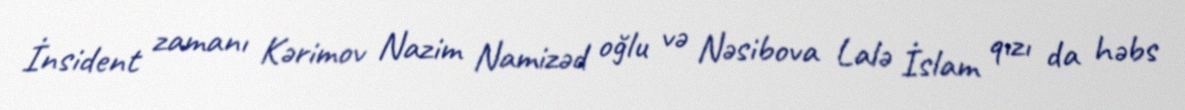
İnsident zamanı Kərimov Nazim Namizəd oğlu və Nəsibova Lalə İslam qızı da həbs